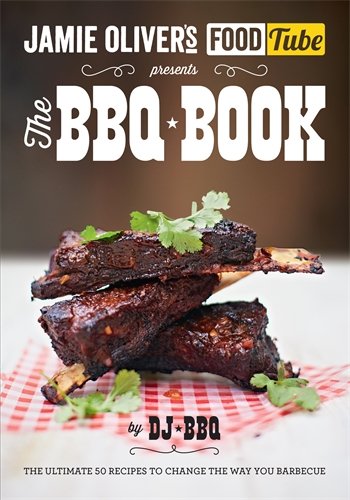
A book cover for Jamie's Food Tube the Bbq Book: The Ultimate 50 Recipes To Change The Way You Barbecue; DJ BBQ; Cookbooks, Food & Wine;